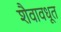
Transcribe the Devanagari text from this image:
शैवावधूत